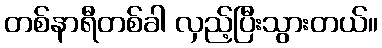
တစ်နာရီတစ်ခါ လှည့်ပြီးသွားတယ်။